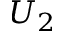
U _ { 2 }